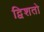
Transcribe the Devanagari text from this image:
द्विशतो